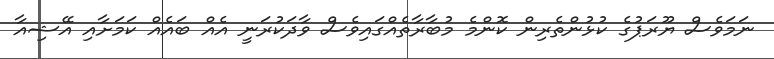
ނަމަވެސް ޔޫރަޕުގެ ކުޅުންތެރިން ކޮންމެ މުބާރާތެއްގައިވެސް ވާދަކުރަނީ އެއް ބައެއް ކަމަށާއި އޭޝިއާ